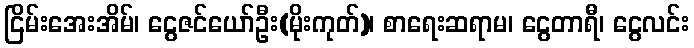
ငြိမ်းအေးအိမ်၊ ငွေဇင်ယော်ဦး(မိုးကုတ်)၊ စာရေးဆရာမ၊ ငွေတာရီ၊ ငွေလင်း